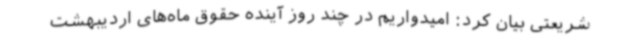
شریعتی بیان کرد: امیدواریم در چند روز آینده حقوق ماه‌های اردیبهشت